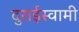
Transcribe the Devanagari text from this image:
दुराईस्वामी